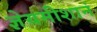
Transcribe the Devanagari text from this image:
ज्ञेयमीशानं